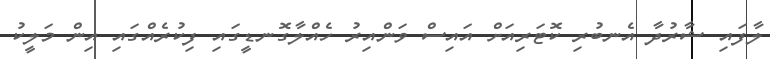
ލާފައި ޝާރުދާ އެނބުރި ކޮޓަރިއަށް އައިސް ވަންއިރު ހެއްލާގޮނޑީގައި ފިކުރެއްގައި އިން މަލީކު